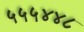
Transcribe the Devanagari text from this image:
५५५४४८